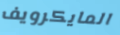
المايكرويف